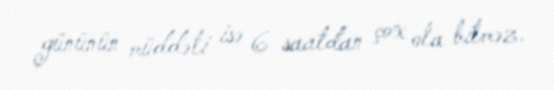
gününün müddəti isə 6 saatdan çox ola bilməz.